Report of the Imperial Institute of Veterinary Research, Muktesar
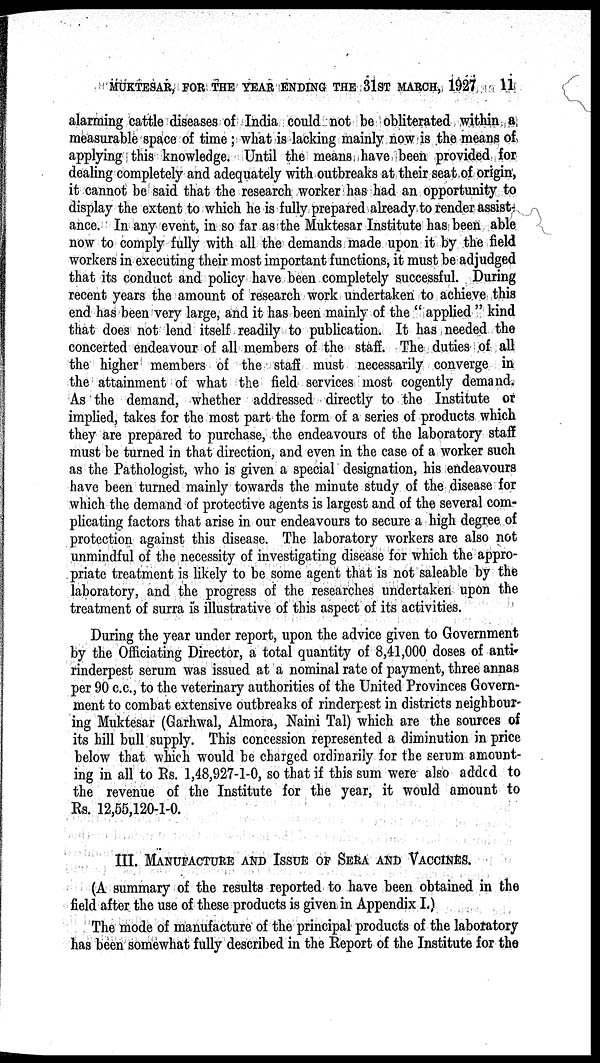
MUKTESAR, FOR THE YEAR ENDING THE 31ST MARCH, 1927
11
alarming cattle diseases of India could not be obliterated within a
measurable space of time ; what is lacking mainly now is the means of
applying this knowledge. Until the means have been provided for
dealing completely and adequately with outbreaks at their seat of origin,
it cannot be said that the research worker has had an opportunity to
display the extent to which he is fully prepared already to render assist-
ance. In any event, in so far as the Muktesar Institute has been able
now to comply fully with all the demands made upon it by the field
workers in executing their most important functions, it must be adjudged
that its conduct and policy have been completely successful. During
recent years the amount of research work undertaken to achieve this
end has been very large, and it has been mainly of the " applied " kind
that does not lend itself readily to publication. It has needed the
concerted endeavour of all members of the staff. The duties of all
the higher members of the staff must necessarily converge in
the attainment of what the field services most cogently demand.
As the demand, whether addressed directly to the Institute of
implied, takes for the most part the form of a series of products which
they are prepared to purchase, the endeavours of the laboratory staff
must be turned in that direction, and even in the case of a worker such
as the Pathologist, who is given a special designation, his endeavours
have been turned mainly towards the minute study of the disease for
which the demand of protective agents is largest and of the several com-
plicating factors that arise in our endeavours to secure a high degree of
protection against this disease. The laboratory workers are also not
unmindful of the necessity of investigating disease for which the appro-
priate treatment is likely to be some agent that is not saleable by the
laboratory, and the progress of the researches undertaken upon the
treatment of surra is illustrative of this aspect of its activities.
During the year under report, upon the advice given to Government
by the Officiating Director, a total quantity of 8,41,000 doses of anti-
rinderpest serum was issued at a nominal rate of payment, three annas
per 90 c.c., to the veterinary authorities of the United Provinces Govern-
ment to combat extensive outbreaks of rinderpest in districts neighbour-
ing Muktesar (Garhwal, Almora, Naini Tal) which are the sources of
its hill bull supply. This concession represented a diminution in price
below that which would be charged ordinarily for the serum amount-
ing in all to Rs. 1,48,927-1-0, so that if this sum were also added to
the revenue of the Institute for the year, it would amount to
Rs. 12,55,120-1-0.
III. MANUFACTURE AND ISSUE OF SERA AND VACCINES.
(A summary of the results reported to have been obtained in the
field after the use of these products is given in Appendix I.)
The mode of manufacture of the principal products of the laboratory
has been somewhat fully described in the Report of the Institute for the